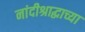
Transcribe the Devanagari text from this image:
नांदीश्राद्धाच्या